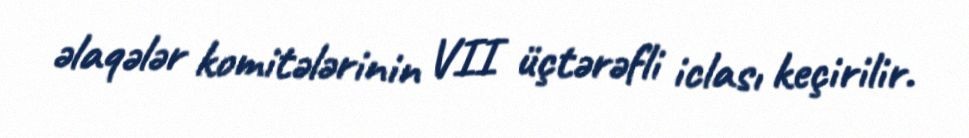
əlaqələr komitələrinin VII üçtərəfli iclası keçirilir.